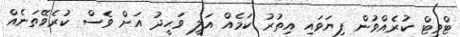
ޓްވީޓް ކުރެއްވުން ފިޔަވައި އިތުރު ކަމެއް އަލީ ވަޙީދު އަށް ވެސް ކުރެވޭތަނެއް